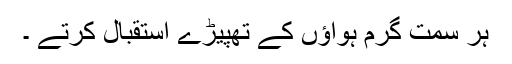
ہر سمت گرم ہواؤں کے تھپیڑے استقبال کرتے ۔